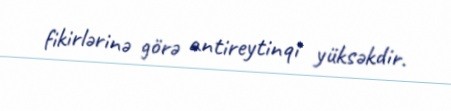
fikirlərinə görə antireytinqi yüksəkdir.